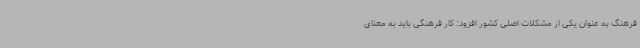
فرهنگ به عنوان یکی از مشکلات اصلی کشور افزود: کار فرهنگی باید به معنای